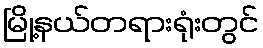
မြို့နယ်တရားရုံးတွင်